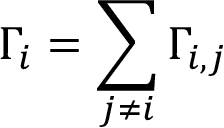
\Gamma _ { i } = \sum _ { j \neq i } \Gamma _ { i , j }